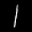
Label: 1